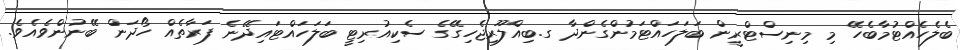
ބެލެހެއްޓުމާބެހޭ މި މިނިސްޓްރީން ބަލަހައްޓަމުންގެންދާ ގ.ބިއްލޫރިޖެހިގޭގެ ސެކިއުރިޓީ ބަލަހައްޓައިދޭނެ ފަރާތެއް ހޯދަން ބޭނުންވެއެވެ.